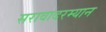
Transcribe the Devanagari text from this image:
सरावादरम्यान